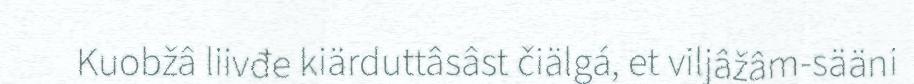
Kuobžâ liivđe kiärduttâsâst čiälgá, et viljâžâm-sääni